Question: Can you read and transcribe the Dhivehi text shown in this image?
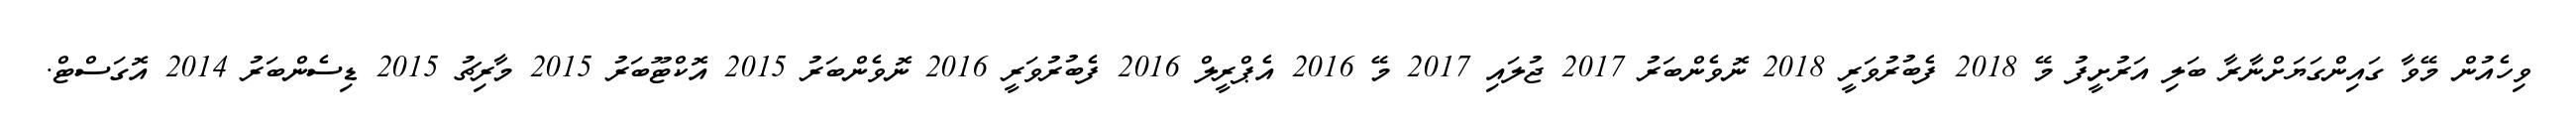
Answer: ވިހެއުން މޭވާ ގައިންގަޔަށްނާރާ ބަލި އަރުށީފު މޭ 2018 ފެބުރުވަރީ 2018 ނޮވެންބަރު 2017 ޖުލައި 2017 މޭ 2016 އެޕްރީލް 2016 ފެބުރުވަރީ 2016 ނޮވެންބަރު 2015 އޮކްޓޫބަރު 2015 މާރިޗު 2015 ޑިސެންބަރު 2014 އޮގަސްޓް.